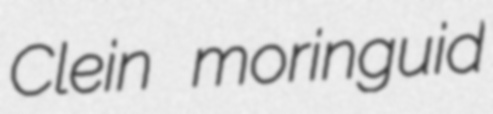
Clein moringuid